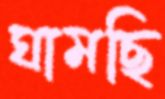
ঘামছি